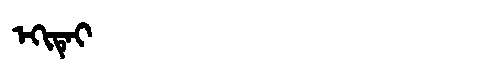
Manchu: ᡝᡴᡳᡨᡝᡳ
Romanization: EKITEI